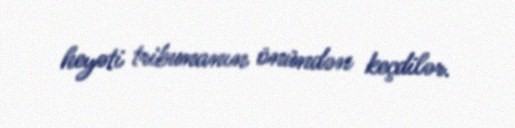
heyəti tribunanın önündən keçdilər.